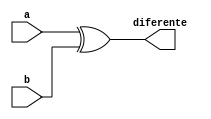
// ---------------
// Exemplo0024 - COMPARADOR DE DESIGUALDADE
// Nome: Josemar Alves Caetano
// Matrcula: 448662
// Data: 26/08/2012
// ----------------

//-----------------
// LU 02
// ----------------
module lu02(output diferente, input a, input b);

xor xor1(diferente, a, b);

endmodule //lu02

//-----------------
// moduloD
// ----------------
module moduloD(output [2:0]diferente, input [2:0]a, input [2:0]b);

lu02 l1(diferente[0], a[0], b[0]);
lu02 l2(diferente[1], a[1], b[1]);
lu02 l3(diferente[2], a[2], b[2]);

endmodule //moduloD

// ----------------
// test moduloD
// ----------------
module test_moduloD;

// ---------------- Definir dados
reg [2:0]x;
reg [2:0]y;
wire [2:0]diferente;

// ---------------- Intncia
moduloD modulo1(diferente, x, y);

// ---------------- Preparao
 initial begin: start
   x = 3'b000; y = 3'b001;
 end

// ---------------- Parte principal
 initial begin: main
  $display("Exemplo0024 - Josemar Alves Caetano - 448662.");
	$display("Test ALU's comparador de desigualdade");

    $monitor("%b != %b? Resp.: %b", x, y, diferente);


   #1 x = 3'b001; y = 3'b010;
   #1 x = 3'b010; y = 3'b011;
   #1 x = 3'b011; y = 3'b100;
   #1 x = 3'b100; y = 3'b101;
   #1 x = 3'b101; y = 3'b110;
   #1 x = 3'b110; y = 3'b111;
   #1 x = 3'b111; y = 3'b000;


 end //main
 
endmodule //test_moduloD